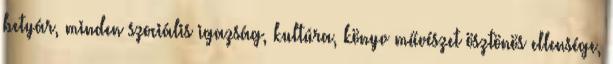
betyár, minden szociális igazság, kultúra, könyv művészet ösztönös ellensége,